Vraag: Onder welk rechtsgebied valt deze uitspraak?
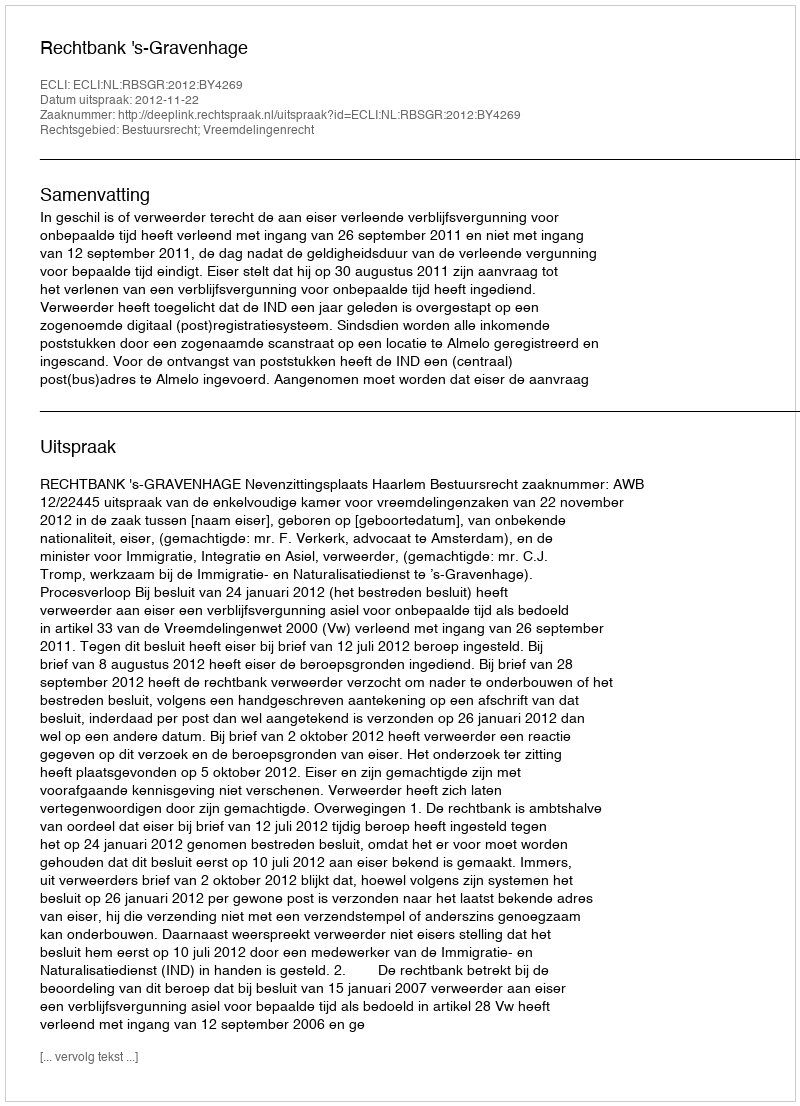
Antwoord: Bestuursrecht; Vreemdelingenrecht